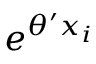
e ^ { \theta ^ { \prime } x _ { i } }